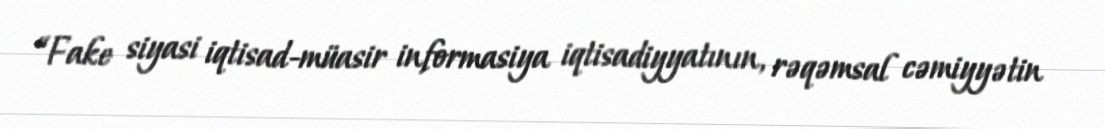
“Fake siyasi iqtisad-müasir informasiya iqtisadiyyatının, rəqəmsal cəmiyyətin